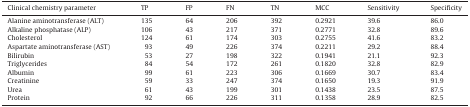
| Clinical chemistry parameter | TP | FP | FN | TN | MCC | Sensitivity | Specificity |
 | --- | --- | --- | --- | --- | --- | --- | --- |
 | Alanine aminotransferase (ALT) | 135 | 64 | 206 | 392 | 0.2921 | 39.6 | 86.0 |
 | Alkaline phosphatase (ALP) | 106 | 43 | 217 | 371 | 0.2771 | 32.8 | 89.6 |
 | Cholesterol | 124 | 61 | 174 | 303 | 0.2755 | 41.6 | 83.2 |
 | Aspartate aminotransferase (AST) | 93 | 49 | 226 | 374 | 0.2211 | 29.2 | 88.4 |
 | Bilirubin | 53 | 27 | 198 | 322 | 0.1941 | 21.1 | 92.3 |
 | Triglycerides | 84 | 54 | 172 | 261 | 0.1820 | 32.8 | 82.9 |
 | Albumin | 99 | 61 | 223 | 306 | 0.1669 | 30.7 | 83.4 |
 | Creatinine | 59 | 33 | 247 | 374 | 0.1650 | 19.3 | 91.9 |
 | Urea | 61 | 43 | 199 | 301 | 0.1438 | 23.5 | 87.5 |
 | Protein | 92 | 66 | 226 | 311 | 0.1358 | 28.9 | 82.5 |